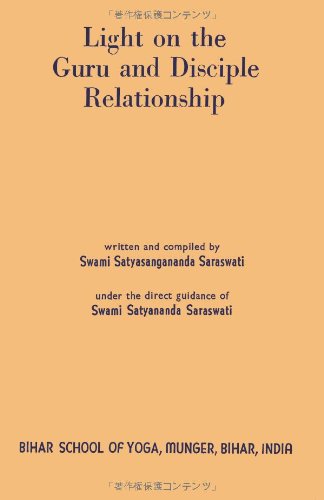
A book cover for Light on the Guru and Disciple Relationship; Swami Satyasangananda Saraswati; Religion & Spirituality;